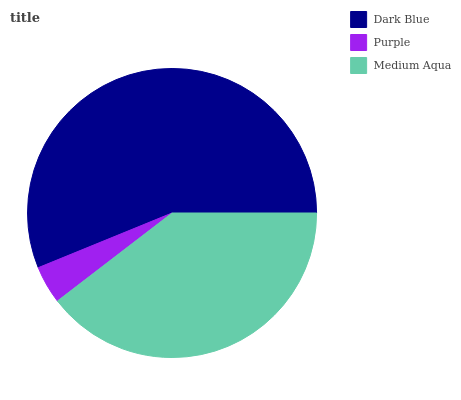
| Dark Blue | Purple | Medium Aqua |
 | --- | --- | --- |
 | 56.1% | 4.25% | 39.6% |